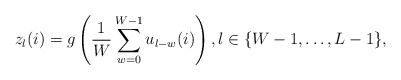
\begin{align*}z_{l}(i) = g\left( \frac{1}{W}\sum_{w=0}^{W-1}u_{l-w}(i)\right), l\in\{W-1,\ldots,L-1\}, \end{align*}